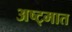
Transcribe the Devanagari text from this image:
अष्ट्मात